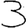
Digit: 3